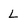
Character: L